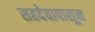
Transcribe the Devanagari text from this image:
सहदेवापासून